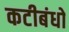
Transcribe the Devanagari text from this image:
कटीबंधो